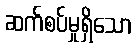
ဆက်စပ်မှုရှိသော